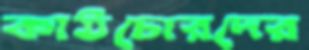
কাঠচোরদের